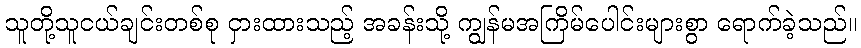
သူတို့သူငယ်ချင်းတစ်စု ငှားထားသည့် အခန်းသို့ ကျွန်မအကြိမ်ပေါင်းများစွာ ရောက်ခဲ့သည်။